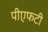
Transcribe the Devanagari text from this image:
पीएफटी